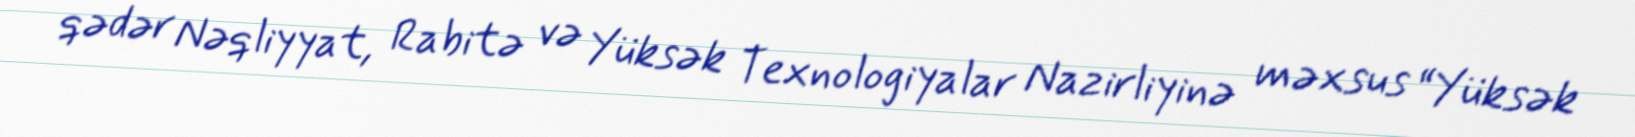
qədər Nəqliyyat, Rabitə və Yüksək Texnologiyalar Nazirliyinə məxsus “Yüksək